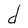
Character: d